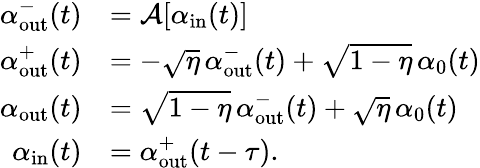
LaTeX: \begin{array}{rl}{\alpha_{\mathrm{out}}^{-}(t)}&{=\mathcal{A}[\alpha_{\mathrm{in}}(t)]}\\ {\alpha_{\mathrm{out}}^{+}(t)}&{=-\sqrt{\eta}\, \alpha_{\mathrm{out}}^{-}(t)+\sqrt{1-\eta}\, \alpha_{0}(t)}\\ {\alpha_{\mathrm{out}}(t)}&{=\sqrt{1-\eta}\, \alpha_{\mathrm{out}}^{-}(t)+\sqrt{\eta}\, \alpha_{0}(t)}\\ {\alpha_{\mathrm{in}}(t)}&{=\alpha_{\mathrm{out}}^{+}(t-\tau).}\end{array}